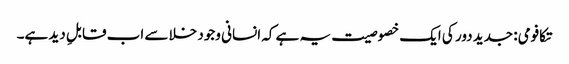
تکافومی: جدید دور کی ایک خصوصیت یہ ہے کہ انسانی وجود خلا سے اب قابلِ دید ہے۔